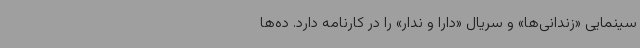
سینمایی «زندانی‌ها» و سریال «دارا و ندار» را در کارنامه دارد. ده‌ها